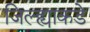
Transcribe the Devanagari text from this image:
जिल्ह्याकडे